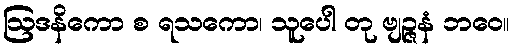
ဩဒနိကော စ ရသကော၊ သူပေါ တု ဗျဉ္ဇနံ ဘဝေ။